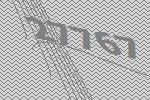
27767